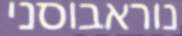
נוראבוסני